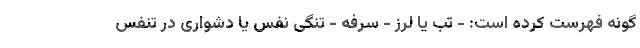
گونه فهرست کرده است: - تب یا لرز - سرفه - تنگی نفس یا دشواری در تنفس